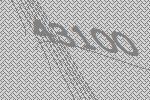
43100